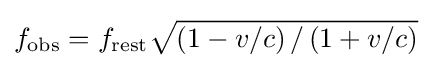
f_{\mathrm {obs} }=f_{\mathrm {rest} }{\sqrt {\left({1-v/c}\right)/\left({1+v/c}\right)}}